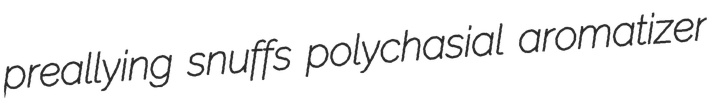
preallying snuffs polychasial aromatizer